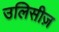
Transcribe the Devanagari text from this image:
उलिसीज़